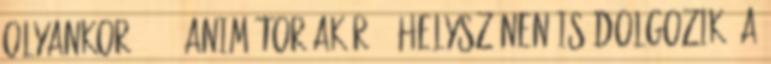
olyankor 20-25 animátor akár 20 helyszínen is dolgozik. A